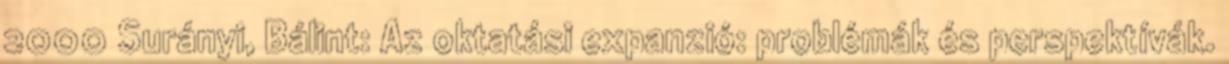
2000 Surányi, Bálint: Az oktatási expanzió: problémák és perspektívák.